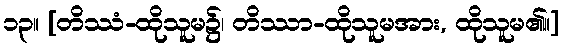
၁၃။ [တိဿံ-ထိုသူမ၌၊ တိဿာ-ထိုသူမအား, ထိုသူမ၏။]